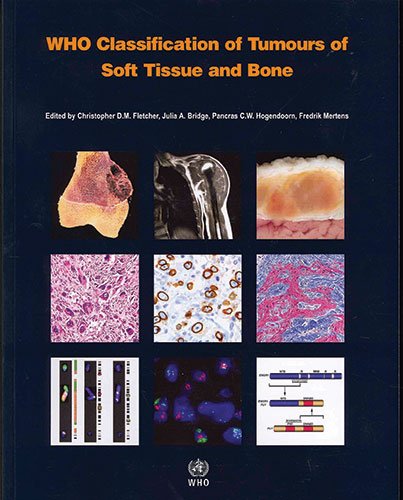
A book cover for WHO Classification of Tumours of Soft Tissue and Bone (IARC WHO Classification of Tumours); IARC; Medical Books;